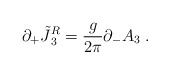
\begin{align*}\partial_+ \tilde {J} {^{R} _3} ={g \over 2 \pi} \partial _- A _3\; .\end{align*}